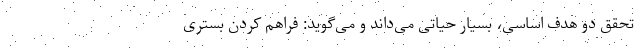
تحقق دو هدف اساسی، بسیار حیاتی می‌داند و می‌گوید: فراهم کردن بستری